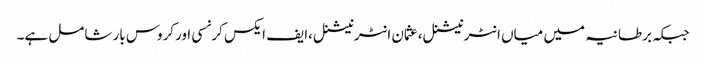
جبکہ برطانیہ میں میاں انٹرنیشنل،عثمان انٹرنیشنل،ایف ایکس کرنسی اورکروس بار شامل ہے۔